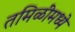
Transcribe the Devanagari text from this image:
तमिळींमध्ये